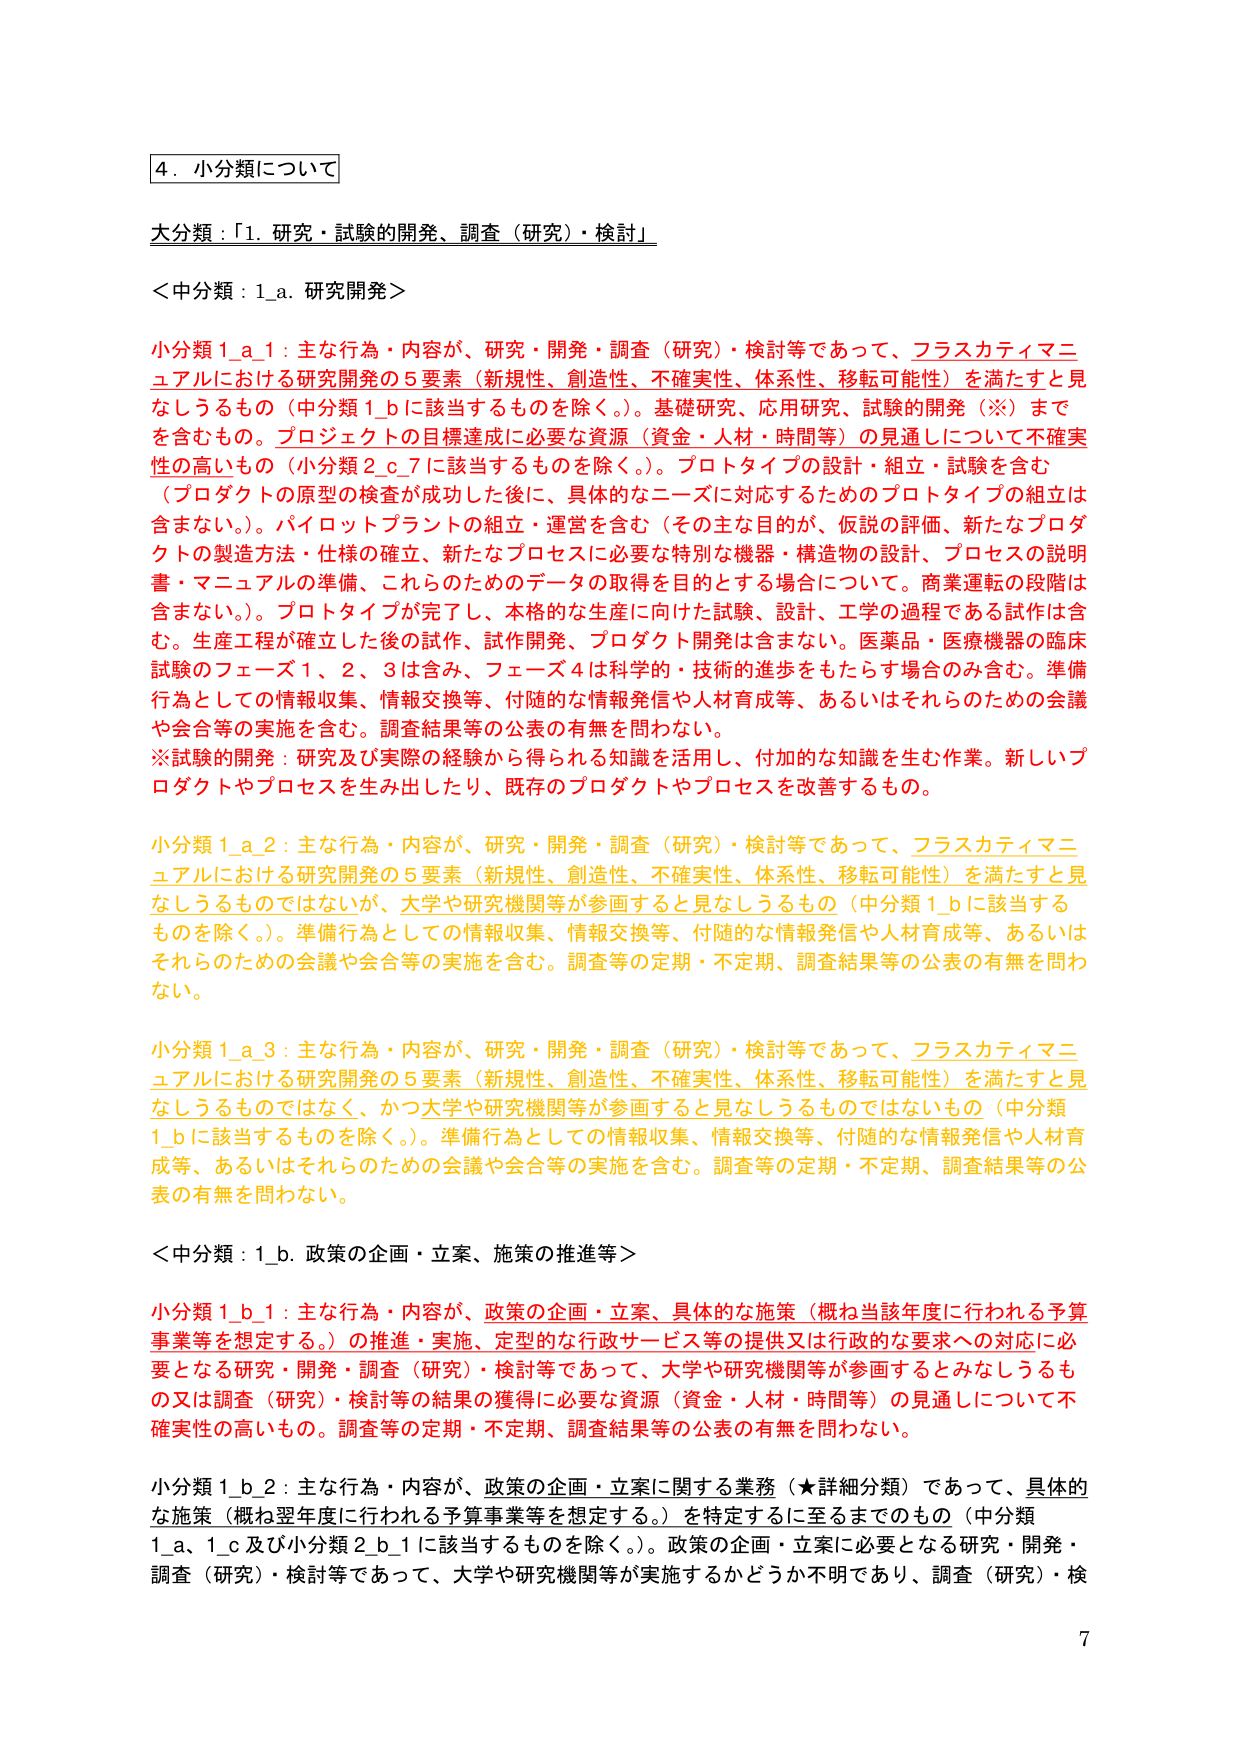
4．小分類について

大分類：「1．研究・試験の開発、調査（研究）・検討」

＜中分類：1_a．研究開発＞

小分類 1_a_1：主な行為・内容が、研究・開発・調査（研究）・検討等であって、フラスカティマニュアルにおける研究開発の5要素（新規性、創造性、不確実性、体系性、移転可能性）を満たすと見なしうるもの（中分類1_bに該当するものを除く。）。基礎研究、応用研究、試験的開発（※）までを含むもの。プロジェクトの目標達成に必要な資源（資金・人材・時間等）の見通しについて不確実性の高いもの（小分類2_c_7に該当するものを除く。）。プロトタイプの設計・組立・試験を含む（プロダクトの原型の検査が成功した後に、具体的なニーズに対応するためのプロトタイプの組立は含まない。）。パイロットプラントの組立・運営を含む（その主な目的が、仮説の評価、新たなプロダクトの製造方法・仕様の確立、新たなプロセスに必要な特別な機器・構造物の設計、プロセスの説明書・マニュアルの準備、これらのためのデータの取得を目的とする場合について。商業運転の段階は含まない。）。プロトタイプが完了し、本格的な生産に向けた試験、設計、工学の過程である試作は含む。生産工程が確立した後の試作、試作開発、プロダクト開発は含まない。医薬品・医療機器の臨床試験のフェーズ1、2、3は含み、フェーズ4は科学的・技術的進歩をもたらす場合のみ含む。準備行為としての情報収集、情報交換等、付随的な情報発信や人材育成等、あるいはそれらのための会議や会合等の実施を含む。調査結果等の公表の有無を問わない。

※試験的開発：研究及び実際の経験から得られる知識を活用し、付加的な知識を生む作業。新しいプロダクトやプロセスを生み出したり、既存のプロダクトやプロセスを改善するもの。

小分類 1_a_2：主な行為・内容が、研究・開発・調査（研究）・検討等であって、フラスカティマニュアルにおける研究開発の5要素（新規性、創造性、不確実性、体系性、移転可能性）を満たすと見なしうるものではないが、大学や研究機関等が参画すると見なしうるもの（中分類1_bに該当するものを除く。）。準備行為としての情報収集、情報交換等、付随的な情報発信や人材育成等、あるいはそれらのための会議や会合等の実施を含む。調査等の定期・不定期、調査結果等の公表の有無を問わない。

小分類 1_a_3：主な行為・内容が、研究・開発・調査（研究）・検討等であって、フラスカティマニュアルにおける研究開発の5要素（新規性、創造性、不確実性、体系性、移転可能性）を満たすと見なしうるものではなく、かつ大学や研究機関等が参画すると見なしうるものではないもの（中分類1_bに該当するものを除く。）。準備行為としての情報収集、情報交換等、付随的な情報発信や人材育成等、あるいはそれらのための会議や会合等の実施を含む。調査等の定期・不定期、調査結果等の公表の有無を問わない。

＜中分類：1_b．政策の企画・立案、施策の推進等＞

小分類 1_b_1：主な行為・内容が、政策の企画・立案、具体的な施策（概ね当該年度に行われる予算事業等を想定する。）の推進・実施、定型的な行政サービス等の提供又は行政的な要求への対応に必要となる研究・開発・調査（研究）・検討等であって、大学や研究機関等が参画するとみなしうるもの又は調査（研究）・検討等の結果の獲得に必要な資源（資金・人材・時間等）の見通しについて不確実性の高いもの。調査等の定期・不定期、調査結果等の公表の有無を問わない。

小分類 1_b_2：主な行為・内容が、政策の企画・立案に関する業務（★詳細分類）であって、具体的な施策（概ね翌年度に行われる予算事業等を想定する。）を特定するに至るまでのもの（中分類1_a、1_c及び小分類2_b_1に該当するものを除く。）。政策の企画・立案に必要となる研究・開発・調査（研究）・検討等であって、大学や研究機関等が実施するかどうか不明であり、調査（研究）・検

7